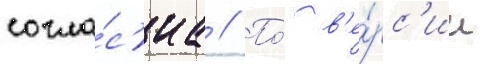
согла́с'иа // По́ в'е́рс'ии